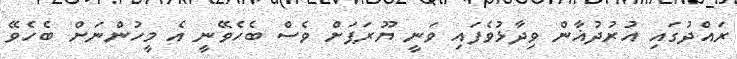
ރައްދުގައި އުރުދުޣާން ވިދާޅުވެފައި ވަނީ ޔޫރަޕަށް ވެސް ބެހެވޭނީ އެ މީހުންނަށް ބެހެވޭ